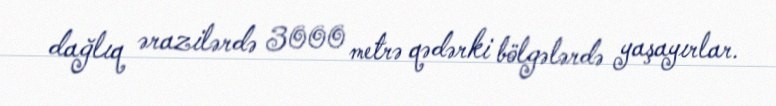
dağlıq ərazilərdə 3000 metrə qədərki bölgələrdə yaşayırlar.